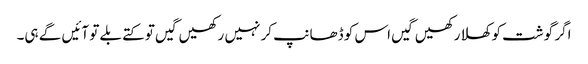
اگر گوشت کو کھلا رکھیں گیں اس کو ڈھانپ کر نہیں رکھیں گیں تو کتے بلے تو آئیں گے ہی۔